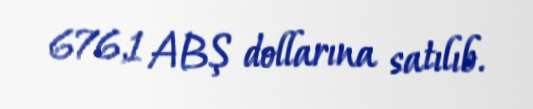
676,1 ABŞ dollarına satılıb.